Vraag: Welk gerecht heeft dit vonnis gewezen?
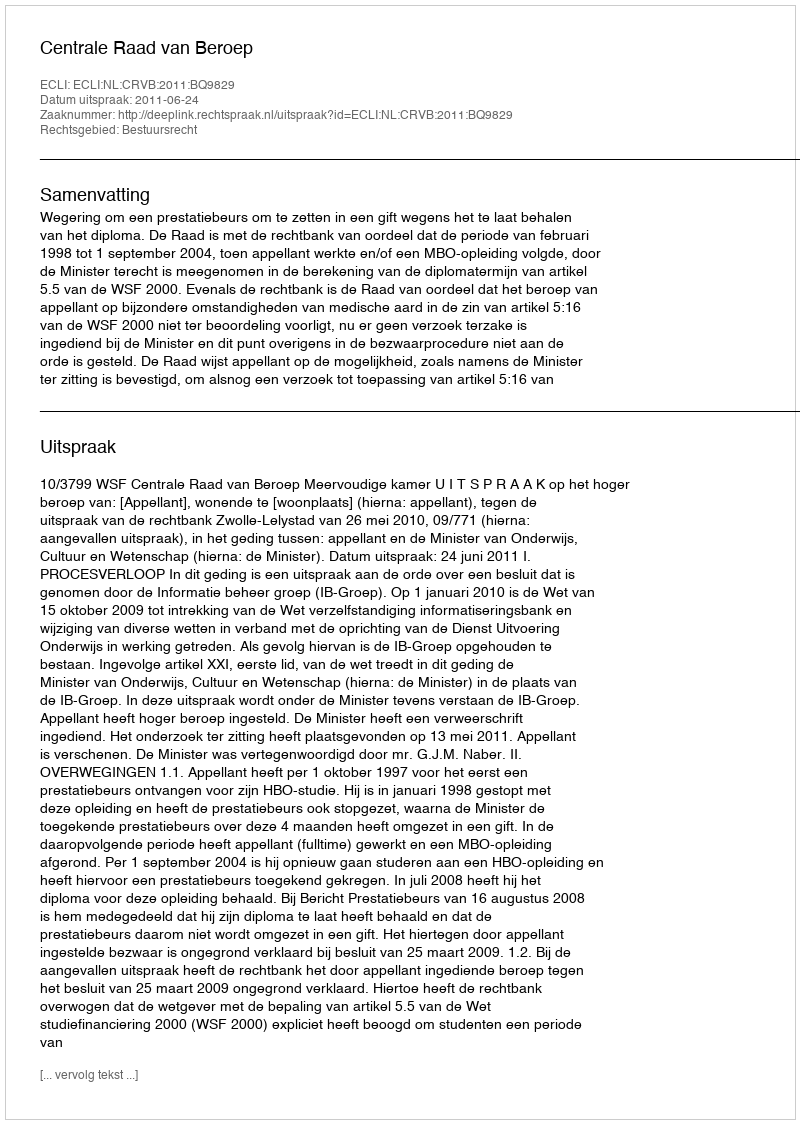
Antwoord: Centrale Raad van Beroep